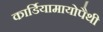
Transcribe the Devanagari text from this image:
कार्डियामायोपैथी